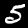
Digit: 5